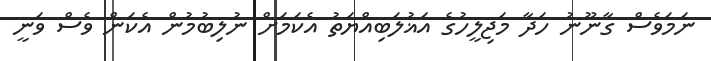
ނަމަވެސް ގާނޫނު ހަދާ މަޖިލީހުގެ އަޣުލަބިއްޔަތު އެކަމަށް ނުލިބުމުން އެކަން ވެސް ވަނީ